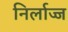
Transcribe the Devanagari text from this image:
निर्लाज्ज